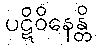
ပဋိဝိနေန္တိ